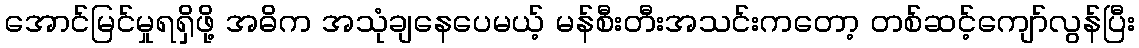
အောင်မြင်မှုရရှိဖို့ အဓိက အသုံချနေပေမယ့် မန်စီးတီးအသင်းကတော့ တစ်ဆင့်ကျော်လွန်ပြီး